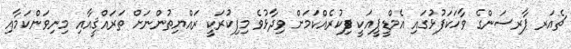
ޗެއަރ ޕާރސަންގެ ވާހަކަފުޅުގައި އެމްޑީޕީއަކީ ފިކުރެއްކަމަށް ވިދާޅުވެ މިފިކުރަކީ ރައްޔިތުންނަށް ތަރައްޤީއާއި މިނިވަންކަމާއި